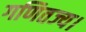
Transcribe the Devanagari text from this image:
गणितज्य।